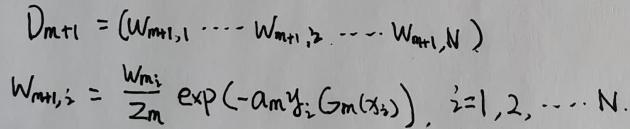
\[
\begin{align*}
D_{m + 1}&=(w_{m+1,1},\cdots,w_{m + 1,2},\cdots,w_{m+1,N})\\
w_{m+1,i}&=\frac{w_{m,i}}{Z_m}\exp(-\alpha_m y_{i}G_m(x_{i})),\quad i = 1,2,\cdots,N.
\end{align*}
\]